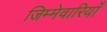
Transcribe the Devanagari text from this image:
जिम्मेवारियाँ